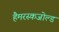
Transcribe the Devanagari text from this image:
हैमरस्कजोल्ड